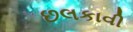
છલકાવી